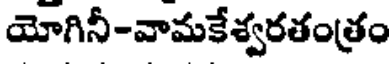
యోగినీ-వామకేశ్వరతంత్రం